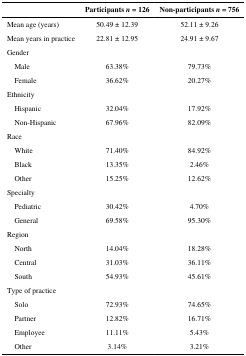
<table><thead><tr><td></td><td><b>Participants <i>n</i> = 126</b></td><td><b>Non-participants <i>n</i> = 756</b></td></tr></thead><tbody><tr><td>Mean age (years)</td><td>50.49 ± 12.39</td><td>52.11 ± 9.26</td></tr><tr><td>Mean years in practice</td><td>22.81 ± 12.95</td><td>24.91 ± 9.67</td></tr><tr><td colspan="3">Gender</td></tr><tr><td> Male</td><td>63.38%</td><td>79.73%</td></tr><tr><td> Female</td><td>36.62%</td><td>20.27%</td></tr><tr><td colspan="3">Ethnicity</td></tr><tr><td> Hispanic</td><td>32.04%</td><td>17.92%</td></tr><tr><td> Non-Hispanic</td><td>67.96%</td><td>82.09%</td></tr><tr><td colspan="3">Race</td></tr><tr><td> White</td><td>71.40%</td><td>84.92%</td></tr><tr><td> Black</td><td>13.35%</td><td>2.46%</td></tr><tr><td> Other</td><td>15.25%</td><td>12.62%</td></tr><tr><td colspan="3">Specialty</td></tr><tr><td> Pediatric</td><td>30.42%</td><td>4.70%</td></tr><tr><td> General</td><td>69.58%</td><td>95.30%</td></tr><tr><td colspan="3">Region</td></tr><tr><td> North</td><td>14.04%</td><td>18.28%</td></tr><tr><td> Central</td><td>31.03%</td><td>36.11%</td></tr><tr><td> South</td><td>54.93%</td><td>45.61%</td></tr><tr><td colspan="3">Type of practice</td></tr><tr><td> Solo</td><td>72.93%</td><td>74.65%</td></tr><tr><td> Partner</td><td>12.82%</td><td>16.71%</td></tr><tr><td> Employee</td><td>11.11%</td><td>5.43%</td></tr><tr><td> Other</td><td>3.14%</td><td>3.21%</td></tr></tbody></table>